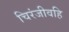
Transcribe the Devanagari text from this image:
चिरंजीवहि